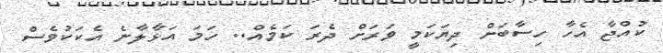
ކުއްޖާ އެހާ ހިސާބަށް ދިޔަކަމީ ވަރަށް ދެރަ ކަމެއް.. ހަމަ އަޅާލާނެ އެކަކުވެސް